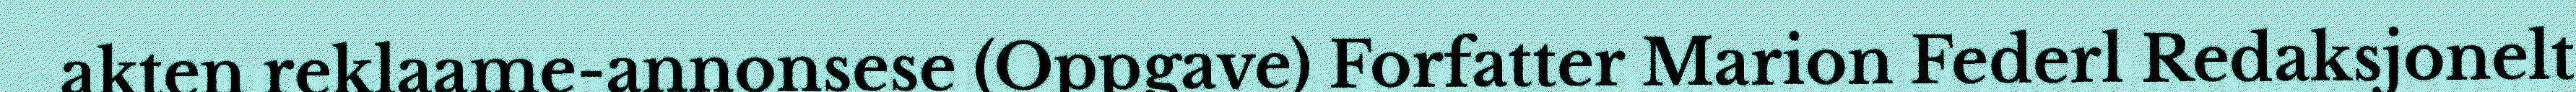
akten reklaame-annonsese (Oppgave) Forfatter Marion Federl Redaksjonelt